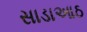
સાડાઆઠ